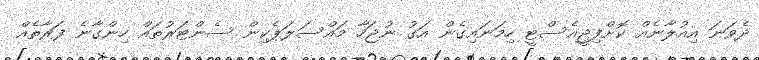
ދެވަނަ އިއުލާނެއް ކޮށްފިޖީއެސްޓީ ހިމަނައިގެން އަގު ނުޖަހާ މައްސަލަޕެކިން ސެންޓަރުތައް ހިންގާނެ ފަރާތެއް